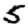
Digit: 5